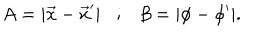
A = | \vec { x } - \vec { x } ^ { \prime } | ; \beta = | \phi - \phi ^ { \prime } | .